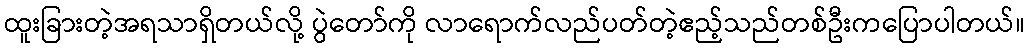
ထူးခြားတဲ့အရသာရှိတယ်လို့ ပွဲတော်ကို လာရောက်လည်ပတ်တဲ့ဧည့်သည်တစ်ဦးကပြောပါတယ်။